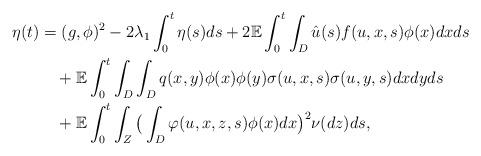
LaTeX: \begin{align*}\eta(t)&=(g,\phi)^{2}-2\lambda_{1}\int_{0}^{t}\eta(s)ds+2\mathbb{E}\int_{0}^{t}\int_{D}\hat{u}(s)f(u,x,s)\phi(x)dxds\\&\quad+\mathbb{E}\int_{0}^{t}\int_{D}\int_{D}q(x,y)\phi(x)\phi(y)\sigma(u,x,s)\sigma(u,y,s)dxdyds\\&\quad+\mathbb{E}\int_{0}^{t}\int_{Z}\big(\int_{D}\varphi(u,x,z,s)\phi(x)dx\big)^{2}\nu(dz)ds,\end{align*}